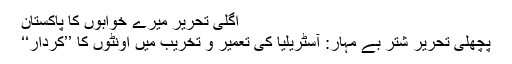
اگلی تحریر میرے خوابوں کا پاکستان
پچھلی تحریر شتر بے مُہار: آسٹریلیا کی تعمیر و تخریب میں اونٹوں کا ’’کردار‘‘